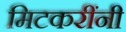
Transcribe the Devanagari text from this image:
मिटकरींनी